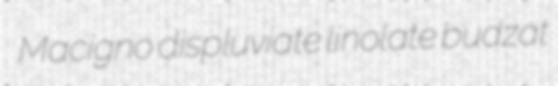
Macigno displuviate linolate budzat